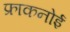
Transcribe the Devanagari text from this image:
फ्राकनोई